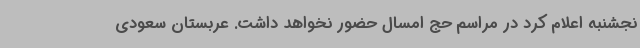
نجشنبه اعلام کرد در مراسم حج امسال حضور نخواهد داشت. عربستان سعودی